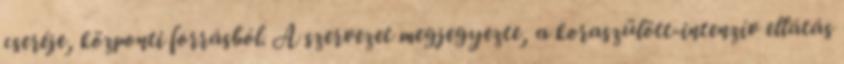
cseréje, központi forrásból. A szervezet megjegyezte, a koraszülött-intenzív ellátás